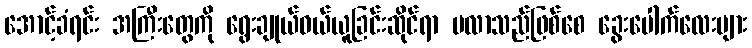
အောင့်ခံရင်း အကြီးတွေကို ရွေးချုယ်ဝယ်ယူခြင်းဆိုင်ရာ မလာသည်ဖြစ်စေ ခွေးပေါက်လေးများ